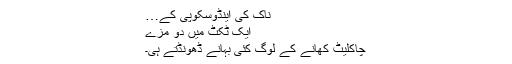
ناک کی اینڈوسکوپی کے…
ایک ٹکٹ میں دو مزے
چاکلیٹ کھانے کے لوگ کئی بہانے ڈھونڈتے ہی۔